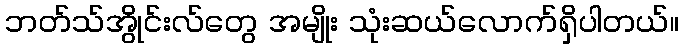
ဘတ်သ်အွိုင်းလ်တွေ အမျိုး သုံးဆယ်လောက်ရှိပါတယ်။